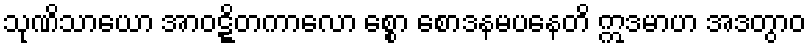
သုဏိသာယော အာဝဋ္ဋိတကာလော စ္စော စောဒနမပနေတိ ဣဒမာဟ အဒတွာဝ